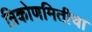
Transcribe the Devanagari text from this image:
त्रिकोणमितीचा